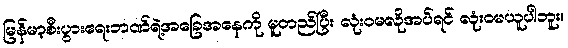
မြန်မာ့စီးပွားရေးဘဏ်ရဲ့အခြေအနေကို မူတည်ပြီး လုံးဝမလိုအပ်ရင် လုံးဝမယူပါဘူး။